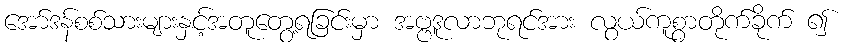
အော်ဒန်စစ်သားများနှင့်အတူတွေ့ရခြင်းမှာ အဗ္ဗဒူလာဘုရင်အား လွယ်ကူစွာတိုက်ခိုက် ၍